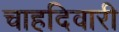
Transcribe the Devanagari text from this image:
चाहदिवारी